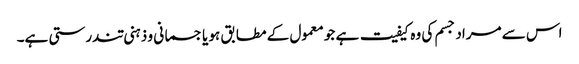
اس سے مراد جسم کی وہ کیفیت ہے جو معمول کے مطابق ہو یا جسمانی و ذہنی تندرستی ہے۔